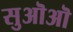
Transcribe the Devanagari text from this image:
सुऒऒ